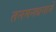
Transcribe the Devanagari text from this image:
तनमनधनाने